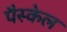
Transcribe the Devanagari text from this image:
पैस्केल